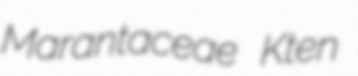
Marantaceae Kten